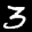
Label: 3